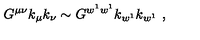
G ^ { \mu \nu } k _ { \mu } k _ { \nu } \sim G ^ { w ^ { 1 } w ^ { 1 } } k _ { w ^ { 1 } } k _ { w ^ { 1 } } \ ,